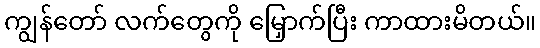
ကျွန်တော် လက်တွေကို မြှောက်ပြီး ကာထားမိတယ်။